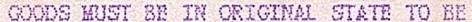
GOODS MUST BE IN ORIGINAL STATE TO BE